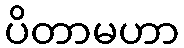
ပိတာမဟာ